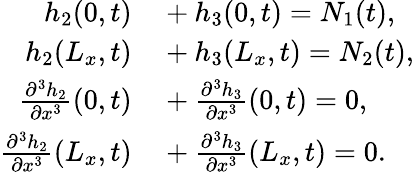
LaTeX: \begin{array}{rl}{h_{2}(0,t)}&{{}+h_{3}(0,t)=N_{1}(t),}\\ {h_{2}(L_{x},t)}&{{}+h_{3}(L_{x},t)=N_{2}(t),}\\ {\frac{\partial^{3}h_{2}}{\partial x^{3}}(0,t)}&{{}+\frac{\partial^{3}h_{3}}{\partial x^{3}}(0,t)=0,}\\ {\frac{\partial^{3}h_{2}}{\partial x^{3}}(L_{x},t)}&{{}+\frac{\partial^{3}h_{3}}{\partial x^{3}}(L_{x},t)=0.}\end{array}